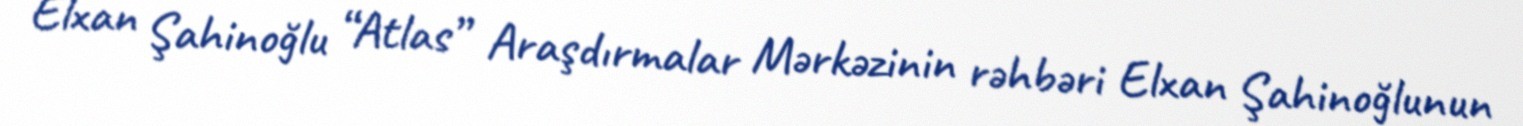
Elxan Şahinoğlu “Atlas” Araşdırmalar Mərkəzinin rəhbəri Elxan Şahinoğlunun